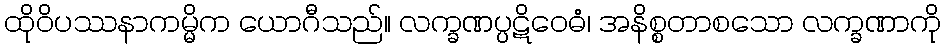
ထိုဝိပဿနာကမ္မိက ယောဂီသည်။ လက္ခဏပ္ပဋိဝေဓံ၊ အနိစ္စတာစသော လက္ခဏာကို